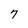
Character: 7